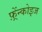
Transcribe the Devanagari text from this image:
फ़्रेंन्कोइज